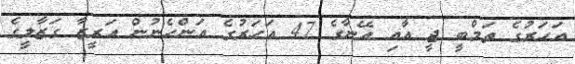
އަހަރުގެ ތަމްބީ ޖީ އާއި އޭނާގެ 47 އަހަރުގެ އަންހެނުން އަރީޒާ ގަޒާލީގެ